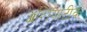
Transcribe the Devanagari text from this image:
ॲशियाटीक